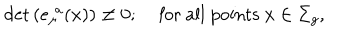
LaTeX: \mathrm { d e t } \left( e _ { \mu } ^ { \, \, a } ( x ) \right) \neq 0 ; \, \, \, \, \, \mathrm { ~ f o r ~ a l l ~ p o i n t s ~ } x \in \Sigma _ { g } ,